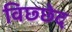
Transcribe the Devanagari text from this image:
विछ्छेद